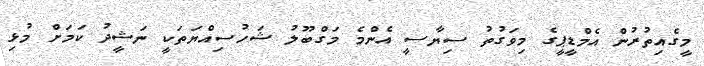
މީގެއިތުރުން އެމްޑީޕީގެ މިވަގުތު ސިޔާސީ އެންމެ މަގްބޫލު ޝަހުސިއްޔަތަކީ ނަޝީދު ކަމަށް މުޅި